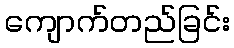
ကျောက်တည်ခြင်း